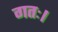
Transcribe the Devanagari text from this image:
गतः।